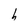
Character: h